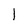
Character: 1